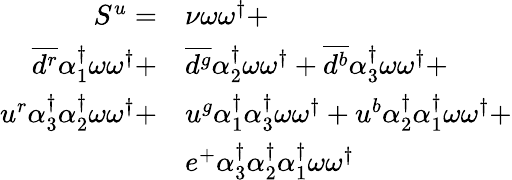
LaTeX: \begin{array}{rl}{S^{u}=}&{{\nu}\omega\omega^{\dagger}+}\\ {\overline{{d^{r}}}{\alpha_{1}^{\dagger}}\omega\omega^{\dagger}+}&{\overline{{d^{g}}}{\alpha_{2}^{\dagger}}\omega\omega^{\dagger}+\overline{{d^{b}}}{\alpha_{3}^{\dagger}}\omega\omega^{\dagger}+}\\ {u^{r}{\alpha_{3}^{\dagger}}{\alpha_{2}^{\dagger}}\omega\omega^{\dagger}+}&{u^{g}{\alpha_{1}^{\dagger}}{\alpha_{3}^{\dagger}}\omega\omega^{\dagger}+u^{b}{\alpha_{2}^{\dagger}}{\alpha_{1}^{\dagger}}\omega\omega^{\dagger}+}\\ &{e^{+}{\alpha_{3}^{\dagger}}{\alpha_{2}^{\dagger}}{\alpha_{1}^{\dagger}}\omega\omega^{\dagger}}\end{array}